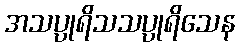
အသပ္ပုရိသသပ္ပုရိသေန